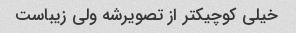
خیلی کوچیکتر از تصویرشه ولی زیباست